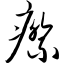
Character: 瘵